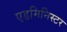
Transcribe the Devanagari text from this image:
एडमिनिस्टर